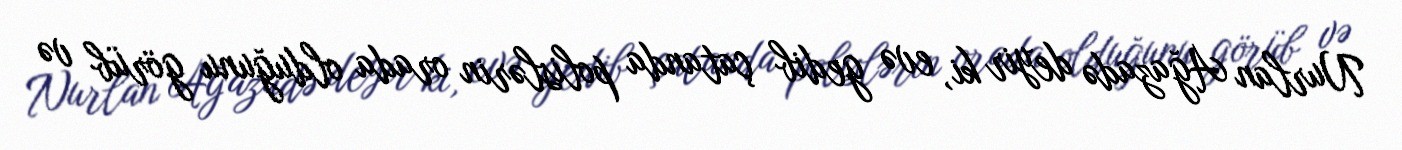
Nurlan Ağazadə deyir ki, evə gedib çatanda polislərin orada olduğunu görüb və